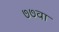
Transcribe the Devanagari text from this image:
७७वा